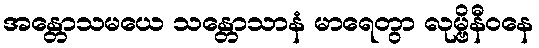
အန္တောသမယေ သန္တောသာနံ မာရေတွာ လုမ္ဗိနီဝနေ